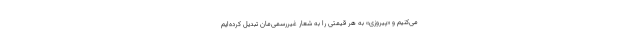
می‌کنیم و «پیروزی» به هر قیمتی را به شعار غیررسمی‌مان تبدیل کرده‌ایم